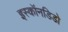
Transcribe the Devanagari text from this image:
इस्कॉनडिडो